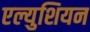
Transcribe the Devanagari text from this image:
एल्युशियन